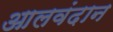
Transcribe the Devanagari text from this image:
आलवंदान